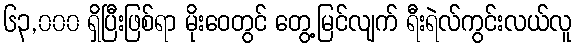
၆၃,၀၀၀ ရှိပြီးဖြစ်ရာ မိုးဝေတွင် တွေ့မြင်လျက် ရီးရဲလ်ကွင်းလယ်လူ